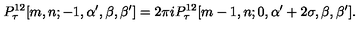
P _ { \tau } ^ { 1 2 } [ m , n ; - 1 , \alpha ^ { \prime } , \beta , \beta ^ { \prime } ] = 2 \pi i P _ { \tau } ^ { 1 2 } [ m - 1 , n ; 0 , \alpha ^ { \prime } + 2 \sigma , \beta , \beta ^ { \prime } ] .